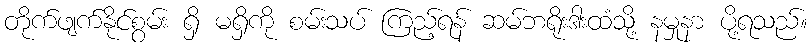
တိုက်ဖျက်နိုင်စွမ်း ရှိ မရှိကို စမ်းသပ် ကြည့်ရန် ဆမ်ဘရိုးဒါးထံသို့ နမှုနာ ပို့ရသည်။